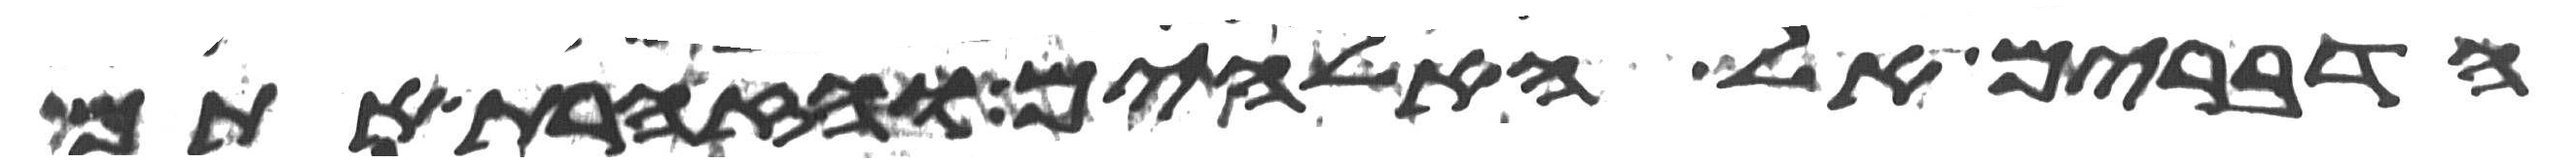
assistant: הדברים אל האלהים והזהרת אתם